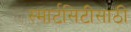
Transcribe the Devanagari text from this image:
स्मार्टसिटीसाठी